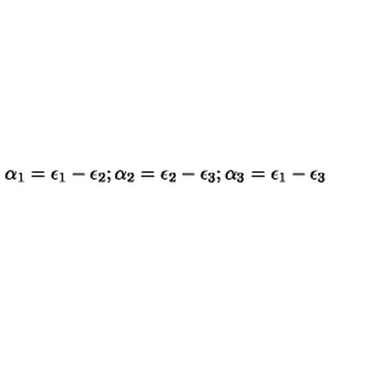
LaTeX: \alpha _ { 1 } = \epsilon _ { 1 } - \epsilon _ { 2 } ; \alpha _ { 2 } = \epsilon _ { 2 } - \epsilon _ { 3 } ; \alpha _ { 3 } = \epsilon _ { 1 } - \epsilon _ { 3 }